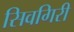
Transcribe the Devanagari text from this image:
सिवगिरी